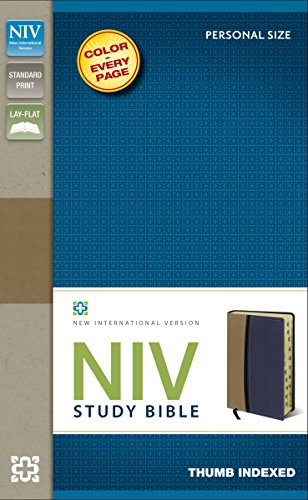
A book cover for NIV Study Bible, Indexed; Zondervan; Christian Books & Bibles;